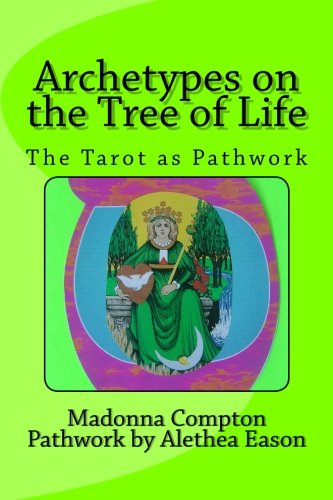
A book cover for Archetypes on the Tree of Life: The Tarot as pathwork; Madonna Compton; Religion & Spirituality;